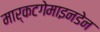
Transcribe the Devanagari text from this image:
मार्कटगेमाइनडेन